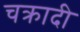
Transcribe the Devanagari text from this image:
चक्रादी